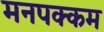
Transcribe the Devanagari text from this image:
मनपक्कम